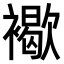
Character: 𧝽